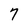
Character: 7